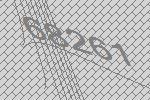
68261